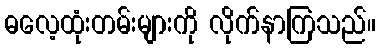
ဓလေ့ထုံးတမ်းများကို လိုက်နာကြသည်။